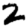
Digit: 2